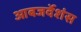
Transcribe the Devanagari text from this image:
आबजर्वेशंस